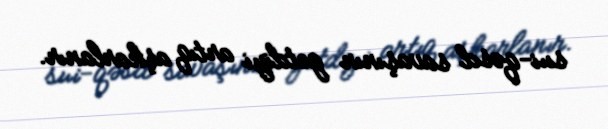
sui-qəsd savaşının getdiyi artıq aşkarlanır.